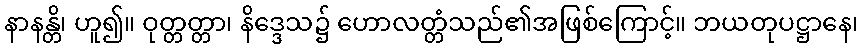
နာနန္တိ၊ ဟူ၍။ ဝုတ္တတ္တာ၊ နိဒ္ဒေသ၌ ဟောလတ္တံသည်၏အဖြစ်ကြောင့်။ ဘယတုပဋ္ဌာနေ၊